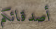
أصدقائكم